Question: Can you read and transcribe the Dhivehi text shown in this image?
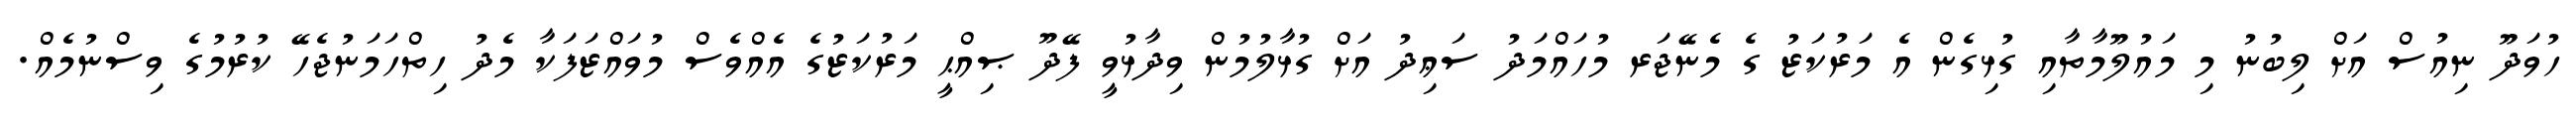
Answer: ހުވަދޫ ނިއުސް އަށް ލިބުނު މި މައުލޫމާތާއި ގުޅިގެން އެ މަރުކަޒު ގެ މެނޭޖަރ މުހައްމަދު ސަޢިދު އަށް ގުޅާލުމުން ވިދާޅުވީ ފޭދޫ ޞިއްޙީ މަރުކަޒުގެ އެއްވެސް މުވައްޒަފަކާ މެދު ހިތްހަމަނުޖެހޭ ކުރުމުގެ ވިސްނުމެއް.